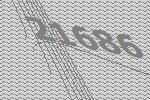
21686